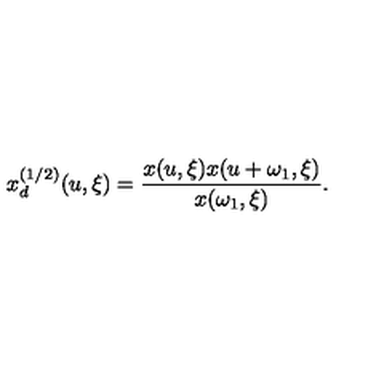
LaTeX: x _ { d } ^ { ( 1 / 2 ) } ( u , \xi ) = { \frac { x ( u , \xi ) x ( u + \omega _ { 1 } , \xi ) } { x ( \omega _ { 1 } , \xi ) } } .